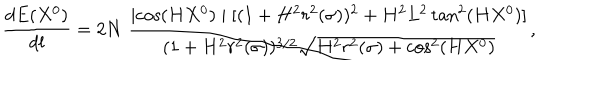
LaTeX: \frac { d E ( X ^ { 0 } ) } { d l } = 2 N \; \frac { \mid \cos ( H X ^ { 0 } ) \mid [ ( 1 + H ^ { 2 } r ^ { 2 } ( \sigma ) ) ^ { 2 } + H ^ { 2 } L ^ { 2 } \tan ^ { 2 } ( H X ^ { 0 } ) ] } { ( 1 + H ^ { 2 } r ^ { 2 } ( \sigma ) ) ^ { 3 / 2 } \sqrt { H ^ { 2 } r ^ { 2 } ( \sigma ) + \cos ^ { 2 } ( H X ^ { 0 } ) } } ,